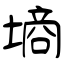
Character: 墒